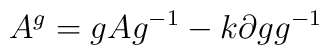
A^{g}=g A g^{-1}-k\partial gg^{-1}